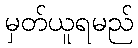
မှတ်ယူရမည်